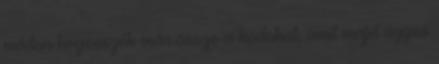
módon hegesszék már össze a kódokat, amit majd ügyes